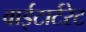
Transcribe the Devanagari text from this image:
वाईटार्टरेट